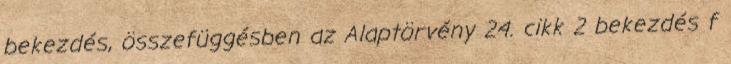
bekezdés, összefüggésben az Alaptörvény 24. cikk 2 bekezdés f